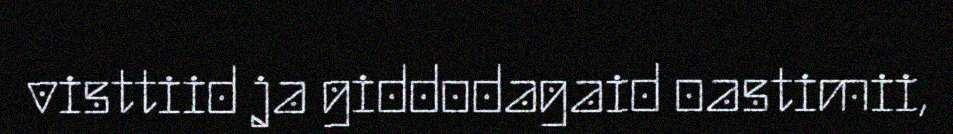
visttiid ja giddodagaid oastimii,